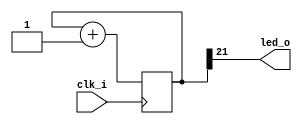
// Generated by MyHDL 0.11


`timescale 1ns/10ps

module blinker (
    clk_i,
    led_o
);


input clk_i;
output led_o;
wire led_o;

reg [21:0] cnt;



always @(posedge clk_i) begin: BLINKER_LOC_INSTS_CHUNK_INSTS_0
    cnt <= (cnt + 1);
end



assign led_o = cnt[(22 - 1)];

endmodule